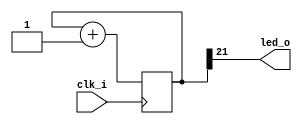
// Generated by MyHDL 0.11


`timescale 1ns/10ps

module blinker (
    clk_i,
    led_o
);


input clk_i;
output led_o;
wire led_o;

reg [21:0] cnt;



always @(posedge clk_i) begin: BLINKER_LOC_INSTS_CHUNK_INSTS_0
    cnt <= (cnt + 1);
end



assign led_o = cnt[(22 - 1)];

endmodule